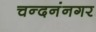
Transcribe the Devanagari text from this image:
चन्दनंनगर